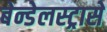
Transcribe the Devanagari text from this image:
बेन्डेलस्ट्रासे